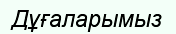
Дұғаларымыз